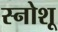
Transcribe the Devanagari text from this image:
स्नोशू